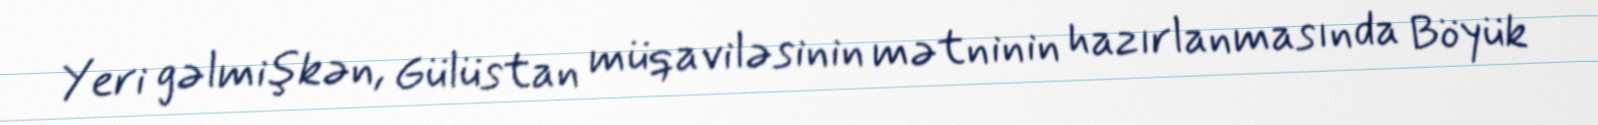
Yeri gəlmişkən, Gülüstan müqaviləsinin mətninin hazırlanmasında Böyük